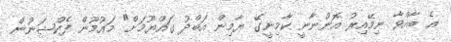
އެ ބާއްވާ ނިމޭއިރު އޮންނާނީ ކާމިނީގޭ ޔާމިން އަބްދު ގައްޔޫމަށް" މައުމޫން ފެކްޝަނުން